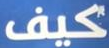
كيف